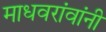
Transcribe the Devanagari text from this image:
माधवरांवांनी